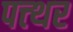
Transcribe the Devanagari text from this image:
पत्त्थर